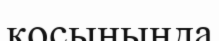
қосынында